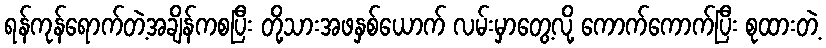
ရန်ကုန်ရောက်တဲ့အချိန်ကစပြီး တို့သားအဖနှစ်ယောက် လမ်းမှာတွေ့လို့ ကောက်ကောက်ပြီး စုထားတဲ့